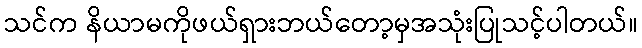
သင်က နိယာမကိုဖယ်ရှားဘယ်တော့မှအသုံးပြုသင့်ပါတယ်။